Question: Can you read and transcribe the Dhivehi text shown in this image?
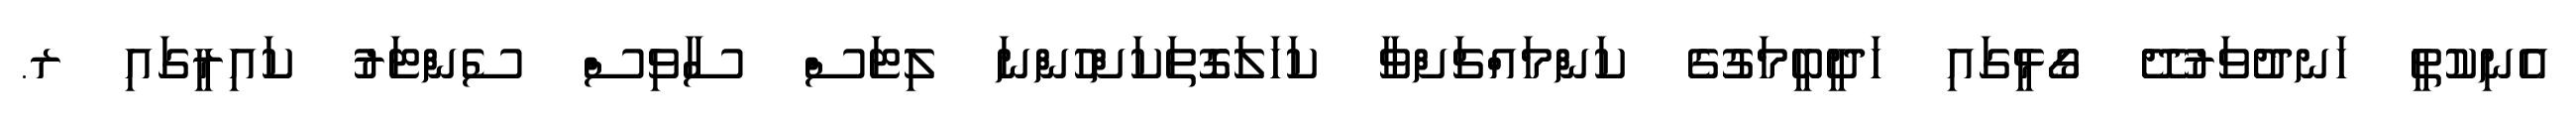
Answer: އެނިކުތީ ހަނދުވަރުދޭ ގޯޅީގައި ހަދީބީމަގުގެ ކަންމައްޗަށްވާ ކަހަލަގޮތަކަށްހުންނަ ލިޓަސް ސާވިސް ސެންޓަރު ކައިރީގައި ރ.